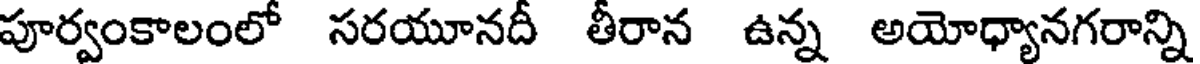
పూర్వంకాలంలో సరయూనదీ తీరాన ఉన్న అయోధ్యానగరాన్ని